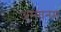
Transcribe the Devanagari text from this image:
अम्मानम